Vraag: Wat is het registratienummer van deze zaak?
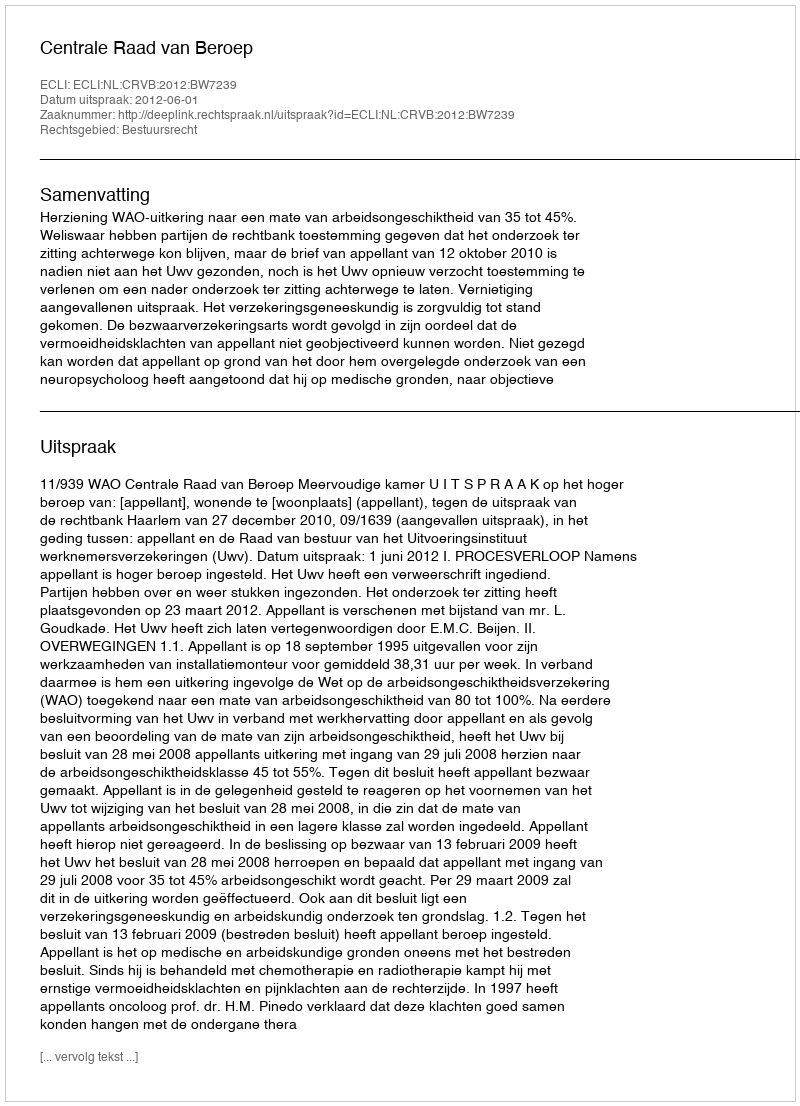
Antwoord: http://deeplink.rechtspraak.nl/uitspraak?id=ECLI:NL:CRVB:2012:BW7239